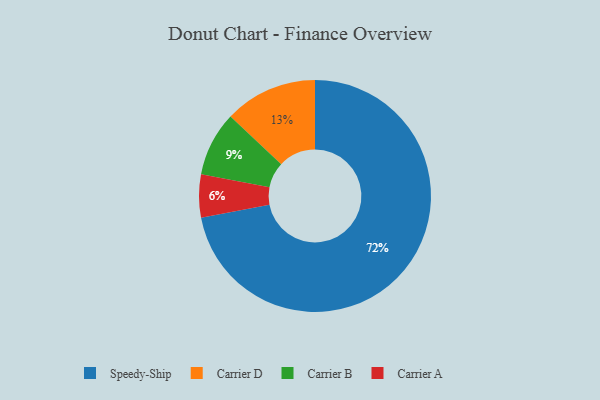
{"axis": {"x": "Category", "y": "Percentage"}, "legend": ["Carrier A", "Carrier B", "Carrier D", "Speedy-Ship"], "data": [{"x": "Speedy-Ship", "y": 72, "type": "Speedy-Ship"}, {"x": "Carrier D", "y": 13, "type": "Carrier D"}, {"x": "Carrier A", "y": 6, "type": "Carrier A"}, {"x": "Carrier B", "y": 9, "type": "Carrier B"}]}